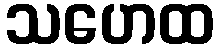
သဟေထ